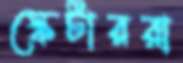
স্কেটাররা